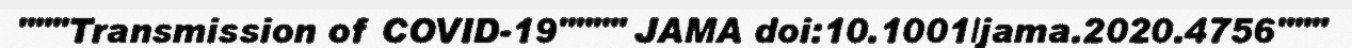
"""Transmission of COVID-19"""" JAMA doi:10.1001/jama.2020.4756"""